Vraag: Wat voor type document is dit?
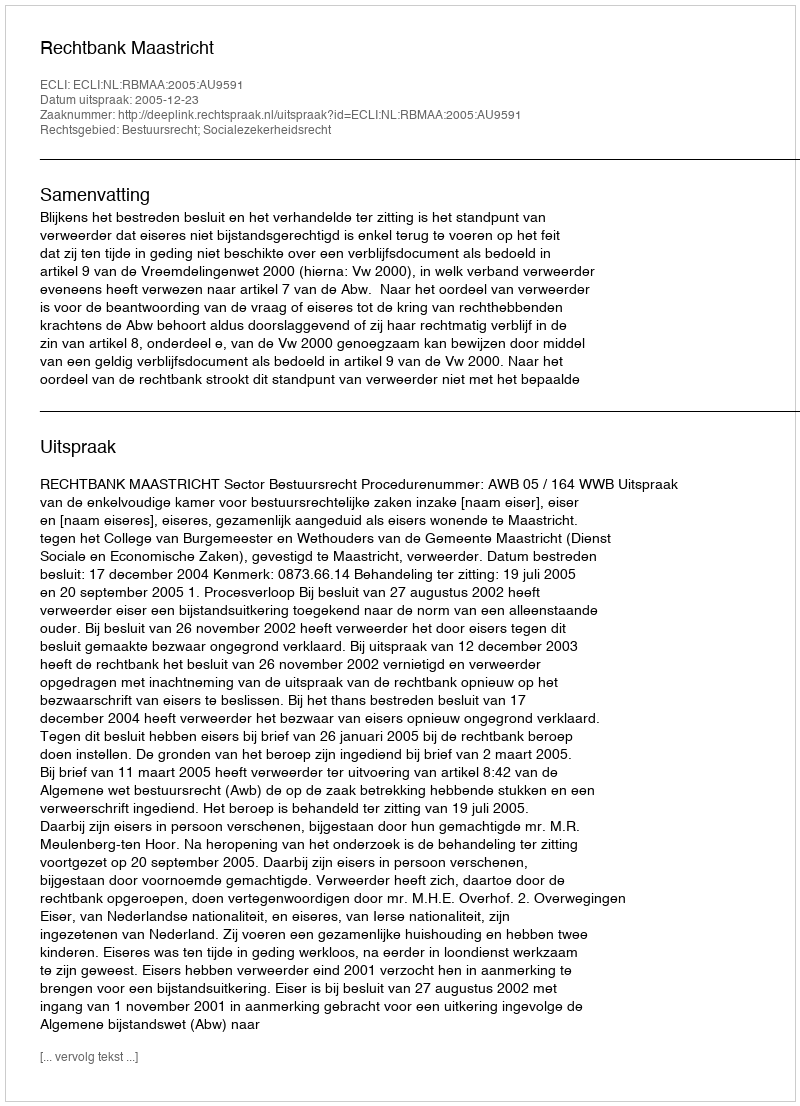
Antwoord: Uitspraak